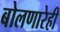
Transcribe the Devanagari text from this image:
बोलणारेही